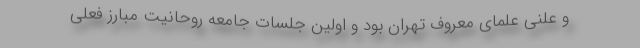
و علنی علمای معروف تهران بود و اولین جلسات جامعه روحانیت مبارز فعلی